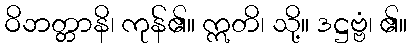
ဝိဘတ္တာနိ၊ ကုန်၏။ ဣတိ၊ သို့။ ဒဋ္ဌဗ္ဗံ၊ ၏။